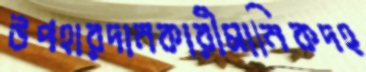
উপহারদানকারীমানিকদহ